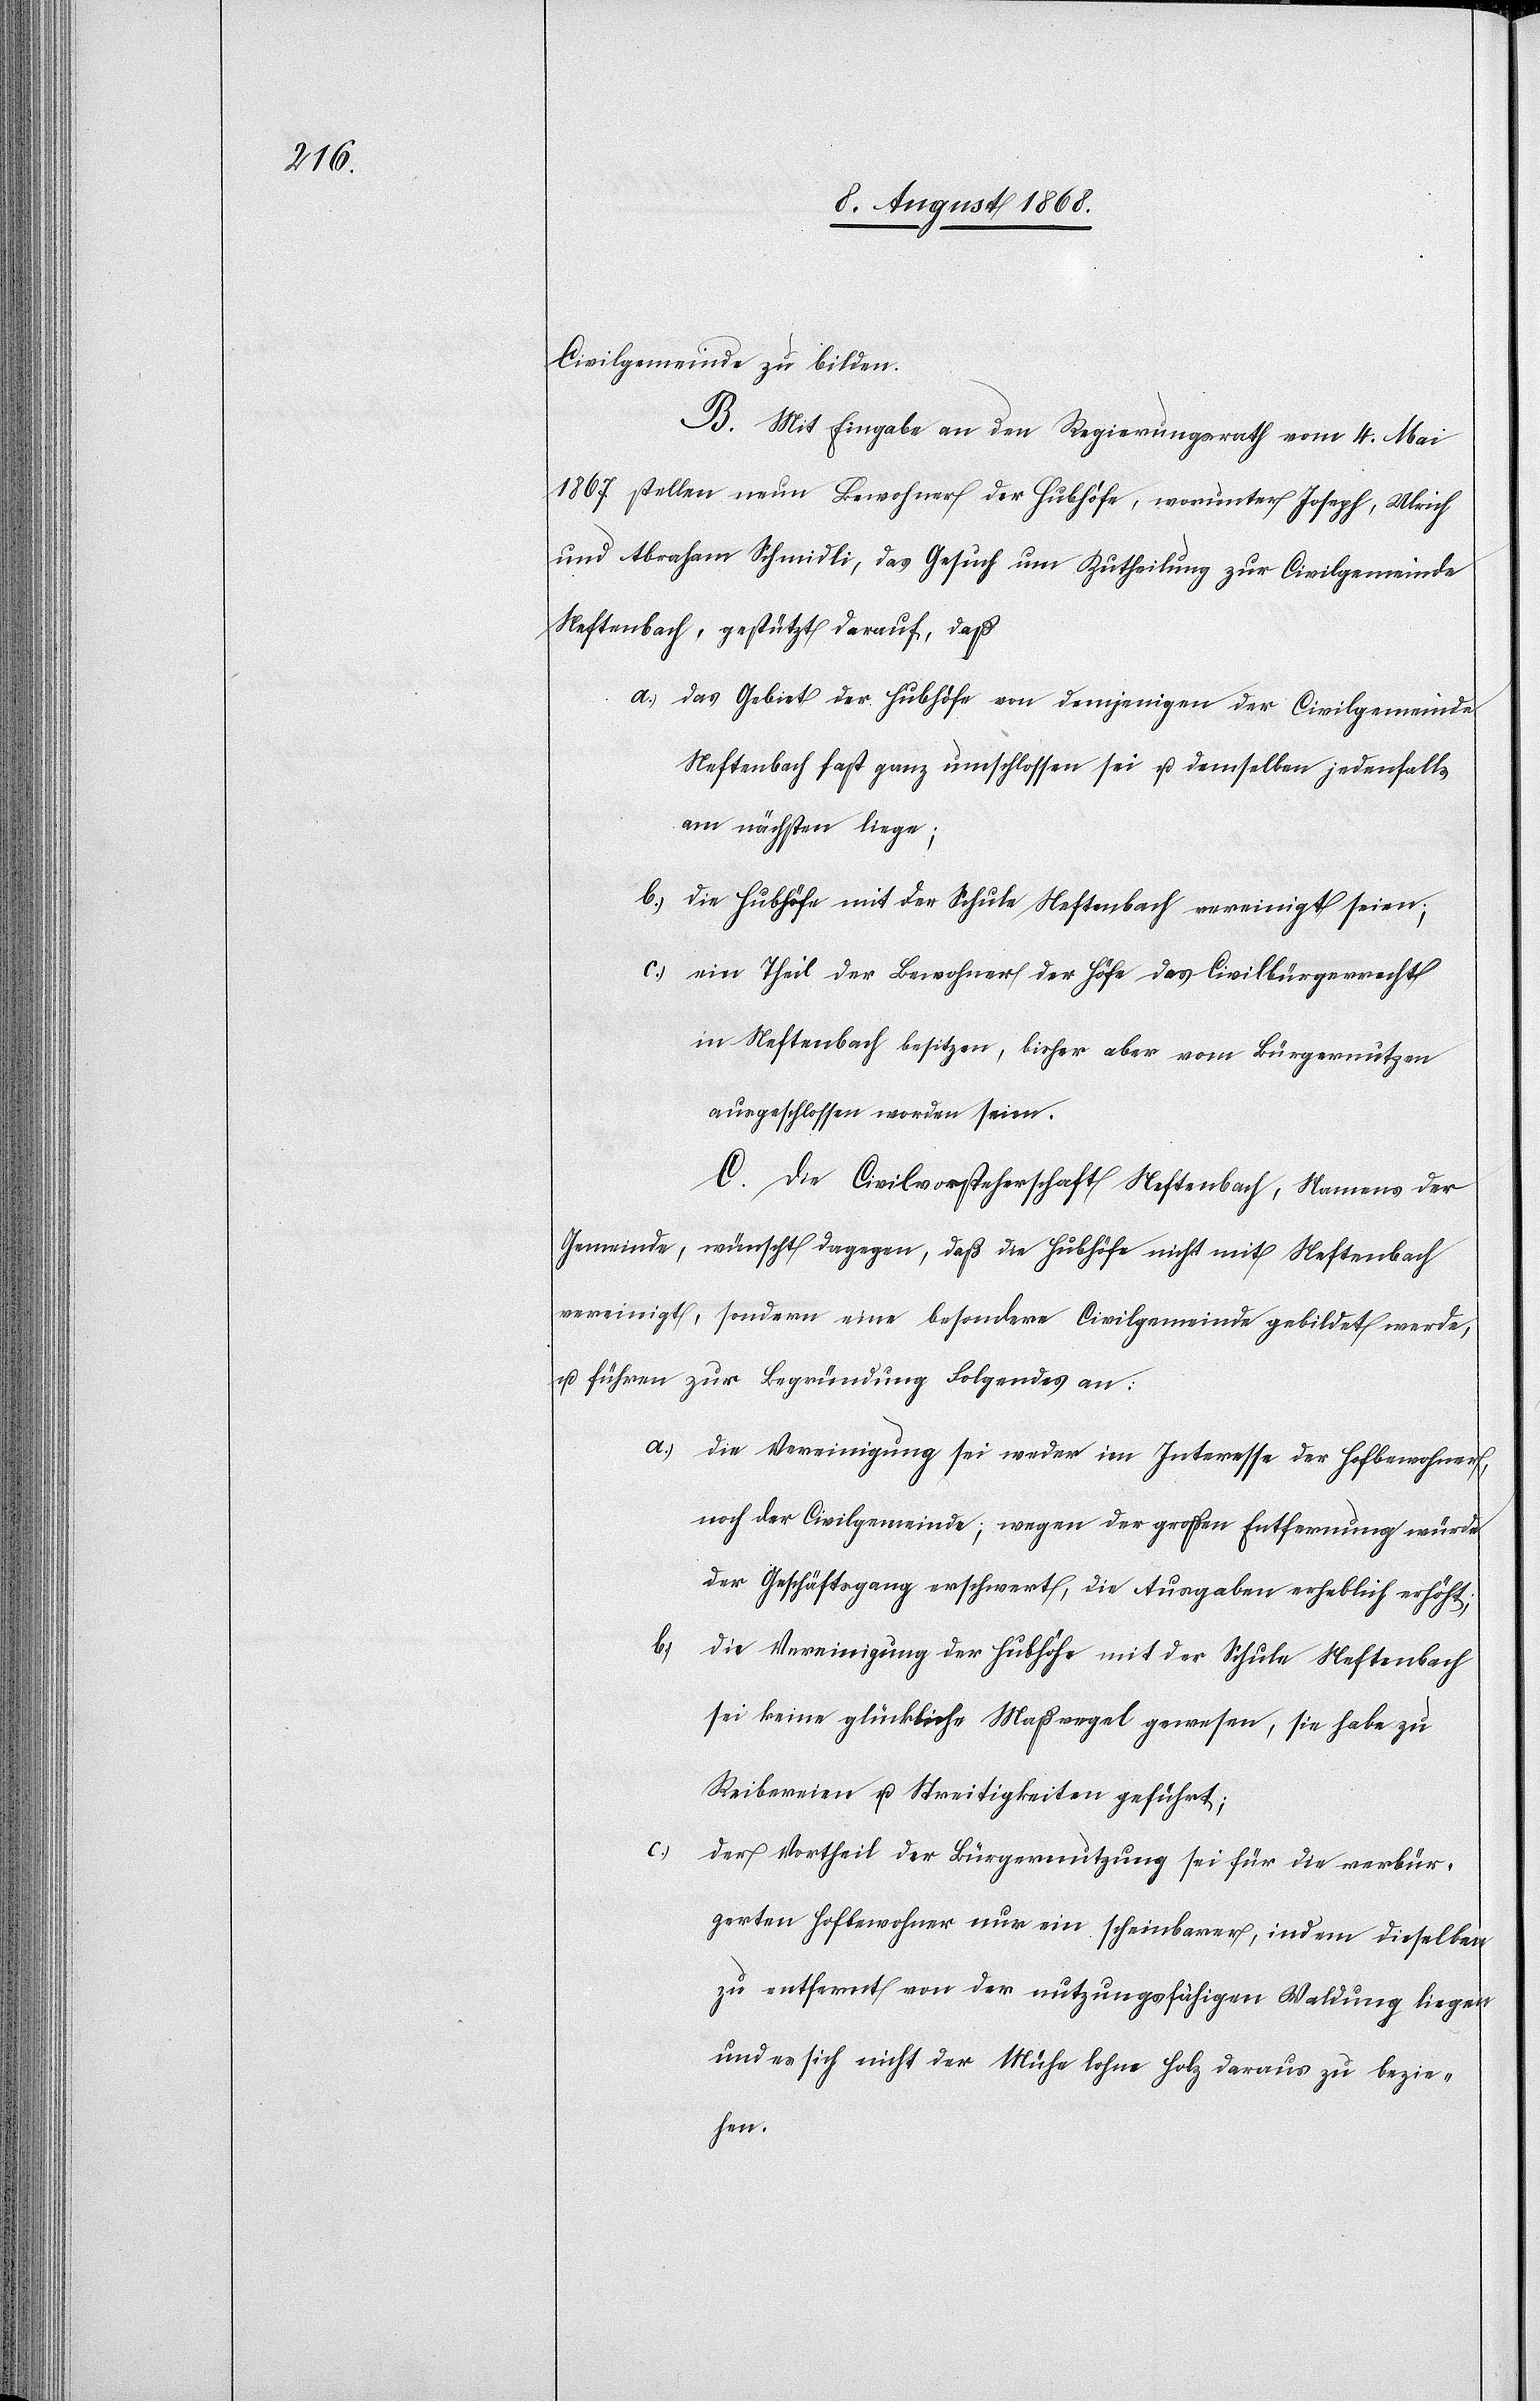
Civilgemeinde zu bilden.
B. Mit Eingabe an den Regierungsrath vom 4. Mai
1867 stellen neun Bewohner der Hubhöfe, worunter Joseph, Ulrich
und Abraham Schmidli, das Gesuch um Zutheilung zur Civilgemeinde
Neftenbach, gestützt darauf, daß
das Gebiet der Hubhöfe von demjenigen der Civilgemeinde
Neftenbach fast ganz umschlossen sei u. demselben jedenfalls
am nächsten liege;
die Hubhöfe mit der Schule Neftenbach vereinigt seien;
ein Theil der Bewohner der Höfe das Civilbürgerrecht
in Neftenbach besitzen, bisher aber vom Bürgernutzen
ausgeschlossen worden seien.
C. Die Civilvorsteherschaft Neftenbach, Namens der
Gemeinde, wünscht dagegen, daß die Hubhöfe nicht mit Neftenbach
vereinigt, sondern eine besondere Civilgemeinde gebildet werde,
u. führen zur Begründung Folgendes an:
die Vereinigung sei weder im Interesse der Hofbewohner,
noch der Civilgemeinde; wegen der großen Entfernung würde
der Geschäftsgang erschwert, die Ausgaben erheblich erhöht;
b.)
die Vereinigung der Hubhöfe mit der Schule Neftenbach
sei keine glückliche Maßregel gewesen, sie habe zu
Reibereien u. Streitigkeiten geführt;
c.)
der Vortheil der Bürgernutzung sei für die verbür¬
gerten Hofbewohner nur ein scheinbarer, indem dieselben
zu entfernt von der nutzungsfähigen Waldung liegen
und es sich nicht der Mühe lohne Holz daraus zu bezie¬
hen.